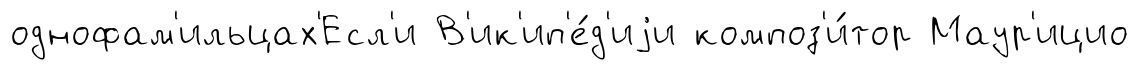
однофам'ильцах'Есл'и В'ик'ип'е́д'иjи композ'и́тор Маур'ицио